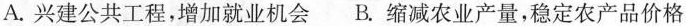
A.兴建公共工程，增加就业机会 B.缩减农业产量，稳定农产品价格